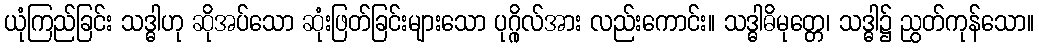
ယုံကြည်ခြင်း သဒ္ဓါဟု ဆိုအပ်သော ဆုံးဖြတ်ခြင်းများသော ပုဂ္ဂိုလ်အား လည်းကောင်း။ သဒ္ဓါဓိမုတ္တေ၊ သဒ္ဓါ၌ ညွတ်ကုန်သော။